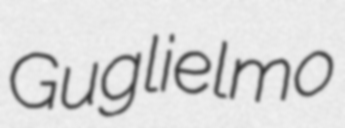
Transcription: Guglielmo